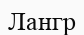
Лангр